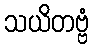
သယိတဗ္ဗံ